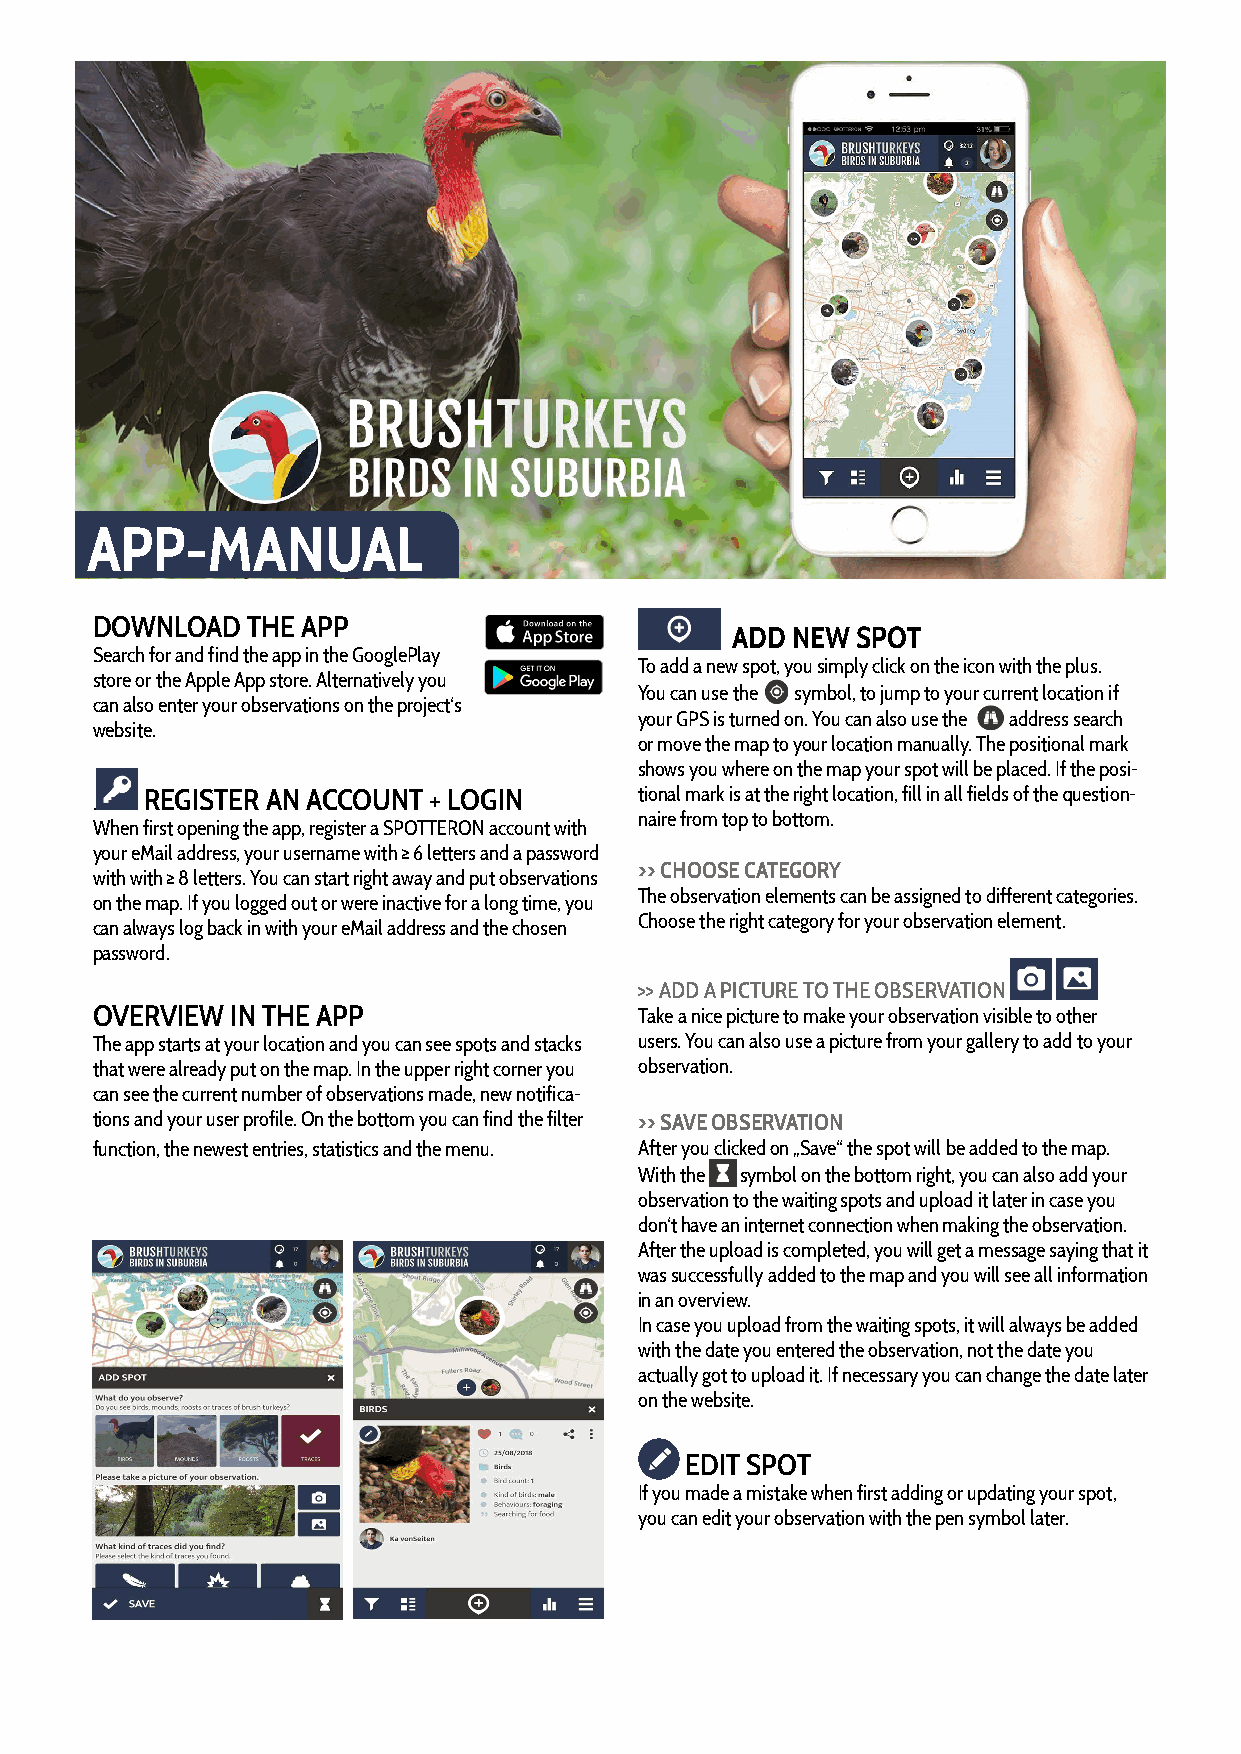
APP-MANUAL
 DOWNLOAD  THE APP
 ADD NEW  SPOT
 Search for and find the app in the GooglePlay
 To add a new spot, you simply click on the icon with the plus.
 store or the Apple App store. Alternatively you
 You can use the symbol, to jump to your current location if
 can also enter your observations on the project‘s
 your GPS is turned on. You can also use the address search
 website.
 or move the map to your location manually. The positional mark
 shows you where on the map your spot will be placed. If the posi-
 REGISTER AN ACCOUNT + LOGIN     tional mark is at the right location, fill in all fields of the question-
 .
 naire from top to bottom.
 When first opening the app, register a SPOTTERON account with
 your eMail address, your username with ≥ 6 letters and a password
 >> CHOOSE CATEGORY
 with with ≥ 8 letters. You can start right away and put observations
 The observation elements can be assigned to different categories.
 on the map. If you logged out or were inactive for a long time, you
 Choose the right category for your observation element.
 can always log back in with your eMail address and the chosen
 password.
 >> ADD A PICTURE TO THE OBSERVATION
 OVERVIEW IN THE APP                 Take a nice picture to make your observation visible to other
 The app starts at your location and you can see spots and stacks users. You can also use a picture from your gallery to add to your
 that were already put on the map. In the upper right corner you observation.
 can see the current number of observations made, new notifica-
 tions and your user profile. On the bottom you can find the filter >> SAVE OBSERVATION
 function, the newest entries, statistics and the menu. After you clicked on „Save“ the spot will be added to the map.
 With the symbol on the bottom right, you can also add your
 observation to the waiting spots and upload it later in case you
 don‘t have an internet connection when making the observation.
 After the upload is completed, you will get a message saying that it
 was successfully added to the map and you will see all information
 in an overview.
 In case you upload from the waiting spots, it will always be added
 with the date you entered the observation, not the date you
 actually got to upload it. If necessary you can change the date later
 on the website.
 EDIT SPOT
 If you made a mistake when first adding or updating your spot,
 you can edit your observation with the pen symbol later.